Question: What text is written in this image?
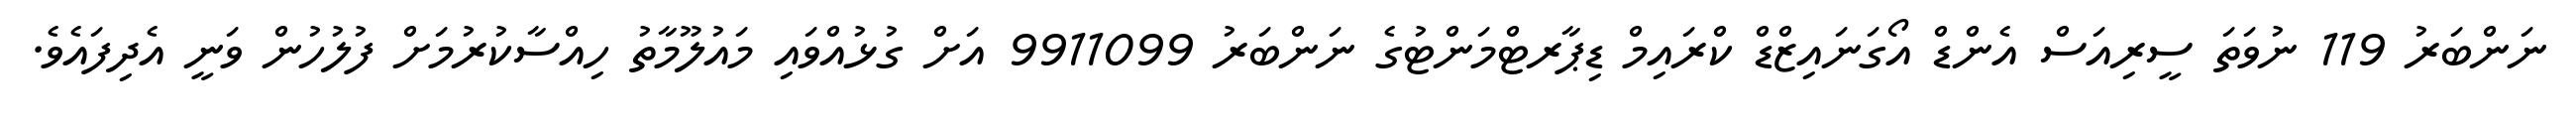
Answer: ނަންބަރު 119 ނުވަތަ ސީރިއަސް އެންޑް އޯގަނައިޒްޑް ކްރައިމް ޑިޕާރޓްމަންޓުގެ ނަންބަރު 9911099 އަށް ގުޅުއްވައި މައުލޫމާތު ހިއްސާކުރުމަށް ފުލުހުން ވަނީ އެދިފައެވެ.